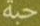
حبة